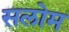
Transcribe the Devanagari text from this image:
सलोम